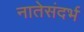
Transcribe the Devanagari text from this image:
नातेसंदर्भ